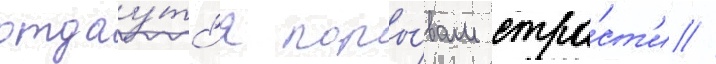
отдау́тс'я поры́вам стра́ст'и //